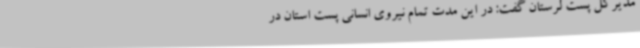
مدیرکل پست لرستان گفت: در این مدت تمام نیروی انسانی پست استان در